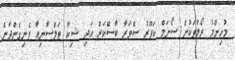
މުހިންމު ރޯލުތަކުން ސޯނަމް ކަޕޫރު ސްވަރާ ބާސްކަރް އަދި ޝިކާ ޓަލްސާނިއާ ފެނިގެންދާނެ